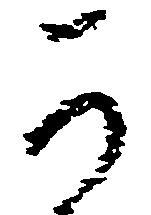
可